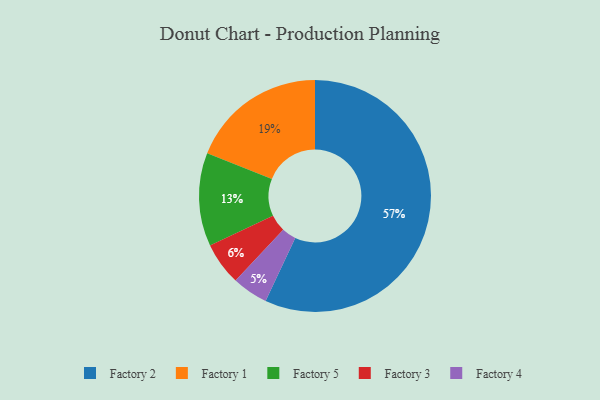
{"axis": {"x": "Category", "y": "Percentage"}, "legend": ["Factory 1", "Factory 2", "Factory 3", "Factory 4", "Factory 5"], "data": [{"x": "Factory 1", "y": 19, "type": "Factory 1"}, {"x": "Factory 3", "y": 6, "type": "Factory 3"}, {"x": "Factory 2", "y": 57, "type": "Factory 2"}, {"x": "Factory 4", "y": 5, "type": "Factory 4"}, {"x": "Factory 5", "y": 13, "type": "Factory 5"}]}